Scottish assistants in French schools and colleges, 1929
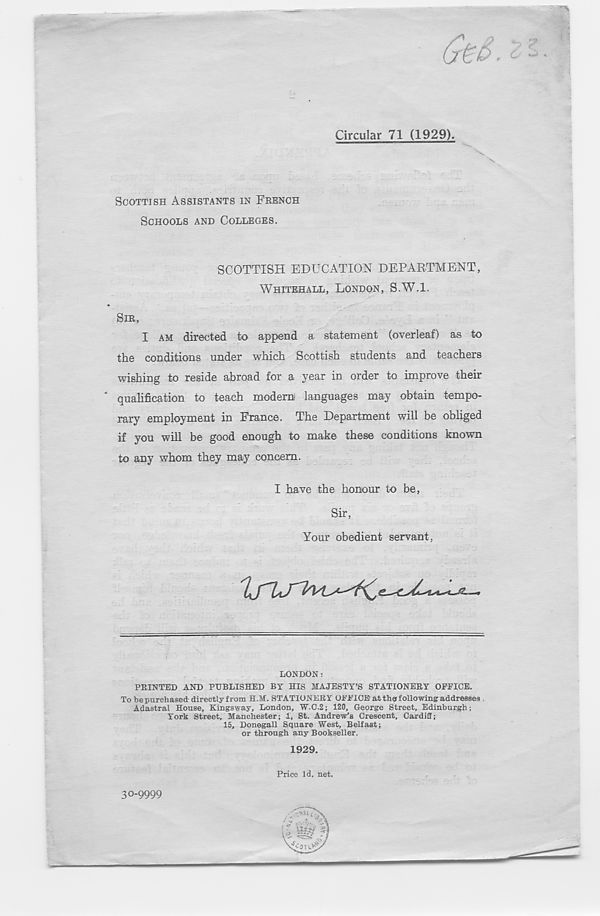
Circular 71 (1929).
SCOTTISH ASSISTANTS IN FRENCH
SCHOOLS AND COLLEGES.
SCOTTISH EDUCATION DEPARTMENT,
WHITEHALL, LONDON, S.W.l.
SIR,
I AM directed to append a statement (overleaf) as to
the conditions under which Scottish students and teachers
wishing to reside abroad for a year in order to improve their
qualification to teach modem languages may obtain tempo-
rary employment in France. The Department will be obliged
if you will be good enough to make these conditions known
to any whom they may concern.
I have the honour to be,
Sir,
Your obedient servant
LONDON:
PRINTED AND PUBLISHED BY HIS MAJESTY’S STATIONERY OFFICE.
To be purchased directly from H.M. STATIONERY OFFICE at ther following addresses
Adastral House, Kingsway, London, W.C.2; 120, George Street, Edinburgh;
York Street, Manchester; 1, St. Andrew’s Crescent, Cardiff;
15, Donegall Square West, Belfast;
or through any Bookseller.
1929.
Price Id. net.
30-9999